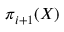
\pi _ { i + 1 } ( X )